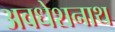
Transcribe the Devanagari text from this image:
अवधेशनाथ